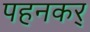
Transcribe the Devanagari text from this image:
पहनकर्